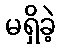
မရှိခဲ့